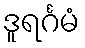
ဒူရင်္ဂမံ